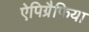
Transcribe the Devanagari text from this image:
ऐपिग्रैफिया